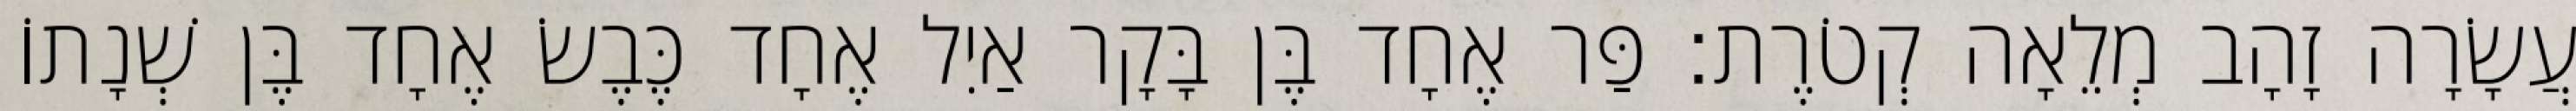
עֲשָׂרָה זָהָב מְלֵאָה קְטֹרֶת׃ פַּר אֶחָד בֶּן בָּקָר אַיִל אֶחָד כֶּבֶשׂ אֶחָד בֶּן שְׁנָתוֹ